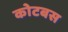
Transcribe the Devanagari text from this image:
कोटबस